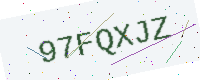
Text: 97FQXJZ